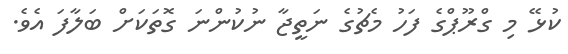
ކުޅޭ މި ގްރޫޕްގެ ފަހު މެޗުގެ ނަތީޖާ ނުކުންނަ ގޮތަކަށް ބަލާފަ އެވެ.